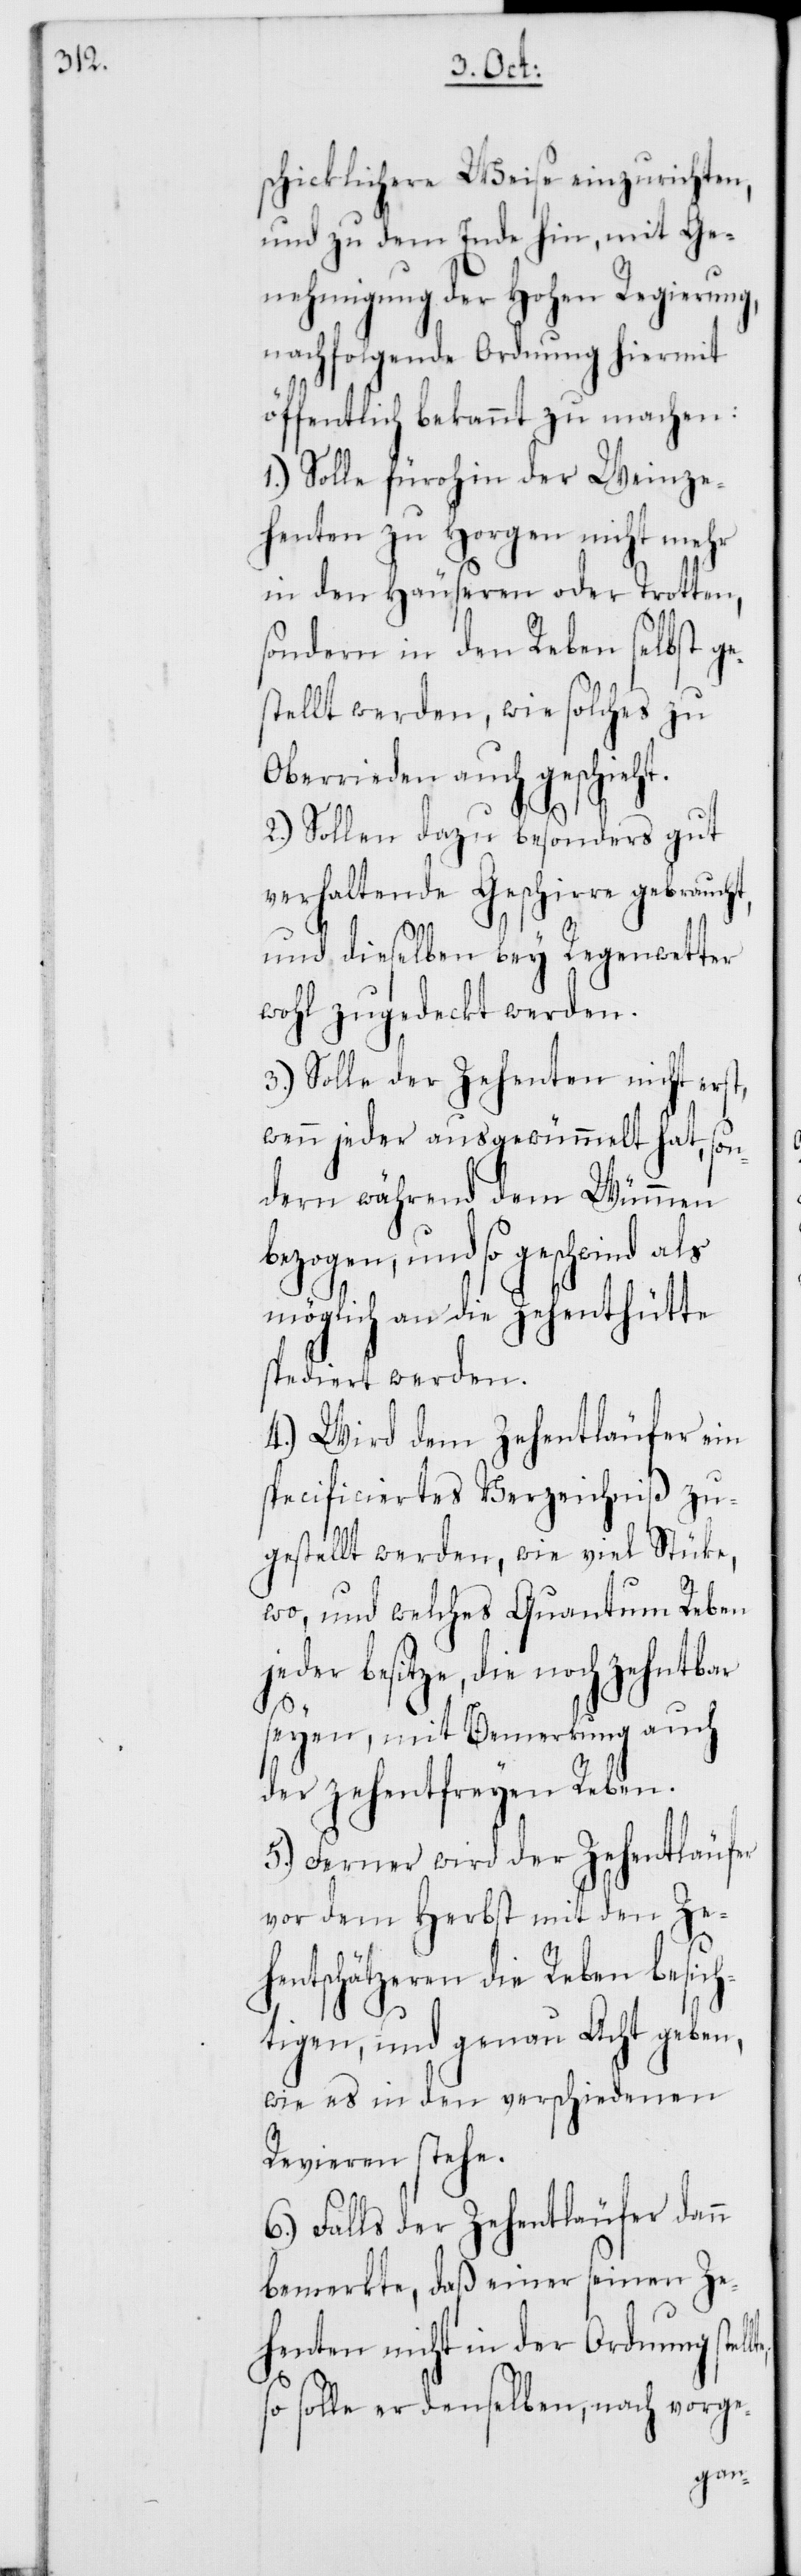
lte,

schicklichere Weise einzurichten,
und zu dem Ende hin, mit Ge¬
nehmigung der Hohen Regierung,
nachfolgende Ordnung hiermit
öffentlich bekannt zu machen:
1.) Solle fürohin der Weinze¬
henten zu Horgen nicht mehr
in den Häuseren oder Trotten,
sondern in den Reben selbst
stellt werden, wie solches zu
Oberrieden auch geschieht.
2.) Sollen dazu besonders gut
verhaltende Geschirre gebraucht,
und dieselben bey Regenwetter
wohl zugedeckt werden.
3.) Solle der Zehenten nicht erst,
wenn jeder ausgewümmelt hat, son¬
dern während dem Wümmen
bezogen, und so geschwind als
möglich an die Zehenhütte
spediert werden.
4.) Wird dem Zehentläufer ein
specificiertes Verzeichniß zu¬
gestellt werden, wie viel Stücke,
wo und welches Quantum Reben
besitze, die noch zehntbar
seyen, mit Bemerkung auch
der zehentfreyen Reben.
5.) Ferner wird der Zehentläufer
vor dem Herbst mit den Ze¬
henschätzeren die Reben besich¬
tigen, und genau Acht geben,
wie es in den verschiedenen
Revieren stehe.
6.) Falls der Zehentläufer dann
bemerkte, daß einer seinen Ze¬
henten nicht in der Ordnung stel¬
so solle er denselben, nach vorge-
ge¬